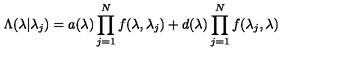
\Lambda ( \lambda | { \lambda _ { j } } ) = a ( \lambda ) \prod _ { j = 1 } ^ { N } f ( \lambda , \lambda _ { j } ) + d ( \lambda ) \prod _ { j = 1 } ^ { N } f ( \lambda _ { j } , \lambda )